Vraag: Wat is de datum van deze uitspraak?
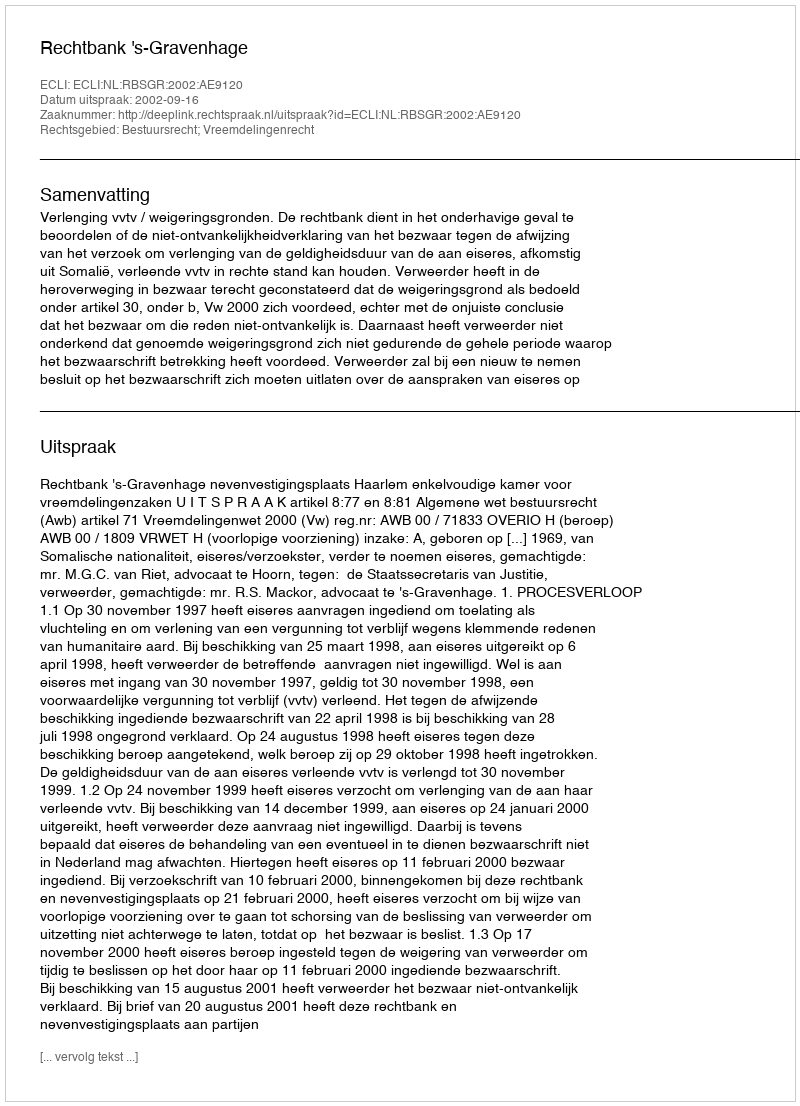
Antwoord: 2002-09-16